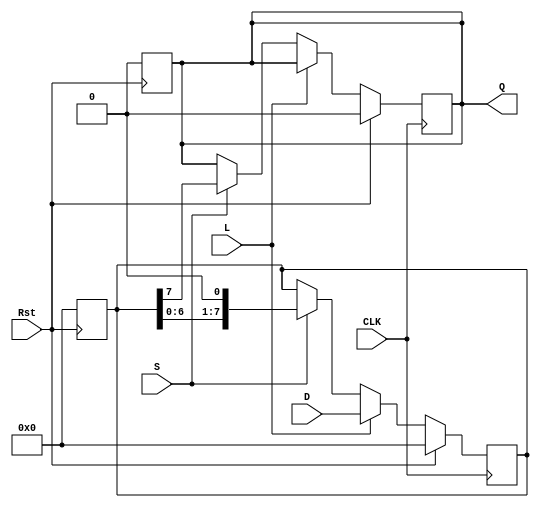
module PISO_Register #(
    parameter WIDTH = 8 // Parameter to define the width of the register
)(
    input wire [WIDTH-1:0] D,     // Parallel data inputs
    input wire L,                  // Load signal
    input wire S,                  // Shift signal
    input wire CLK,                // Clock signal
    input wire Rst,                // Asynchronous reset signal
    output reg Q                   // Serial output
);

    reg [WIDTH-1:0] R;             // Shift register

    // Asynchronous reset
    always @(posedge Rst) begin
        R <= 0;                    // Clear the register
        Q <= 0;                    // Clear the output
    end

    // Main operation on clock edge
    always @(posedge CLK) begin
        if (Rst) begin
            R <= 0;                // Reset the register
            Q <= 0;                // Reset the output
        end
        else if (L) begin
            R <= D;                // Load data into the register
        end
        else if (S) begin
            Q <= R[WIDTH-1];       // Output MSB to Q
            R <= {R[WIDTH-2:0], 1'b0}; // Shift right, zero-fill LSB
        end
        // If neither L nor S is asserted, retain the current state
    end

endmodule